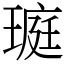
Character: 𤧻